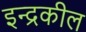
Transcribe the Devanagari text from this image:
इन्द्रकील